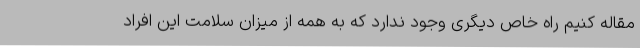
مقاله کنیم راه خاص دیگری وجود ندارد که به همه از میزان سلامت این افراد